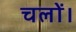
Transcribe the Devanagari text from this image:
चलों।